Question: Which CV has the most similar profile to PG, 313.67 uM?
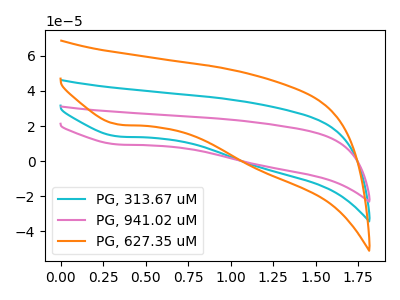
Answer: <think>The cyan curve "PG, 313.67 uM" has a cathodic peak at: (0.35V, 14.00uA). The pink curve "PG, 941.02 uM" has a cathodic peak at: (0.35V, 28.05uA). The orange curve "PG, 627.35 uM" has a cathodic peak at: (0.35V, 20.85uA).
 All the peaks in "PG, 313.67 uM" have a peak in "PG, 941.02 uM" at the same potential. Every peak in "PG, 313.67 uM" is higher than every peak in "PG, 941.02 uM". All the peaks in "PG, 313.67 uM" have a peak in "PG, 627.35 uM" at the same potential. Every peak in "PG, 313.67 uM" is higher than every peak in "PG, 627.35 uM". All the peaks in "PG, 941.02 uM" have a peak in "PG, 627.35 uM" at the same potential. Every peak in "PG, 941.02 uM" is lower than every peak in "PG, 627.35 uM".</think>
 <answer>"PG, 313.67 uM" and "PG, 941.02 uM" have a similar shape to "PG, 627.35 uM".</answer>
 <eval>"PG, 313.67 uM" "PG, 941.02 uM"</eval>